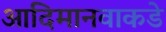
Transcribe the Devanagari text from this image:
आदिमानवाकडे